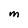
Character: M